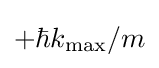
+\hbar k_{\text{max}}/m